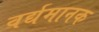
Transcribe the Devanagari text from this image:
वर्द्यमानक